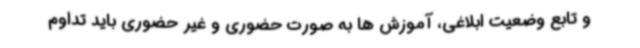
و تابع وضعیت ابلاغی، آموزش ها به صورت حضوری و غیر حضوری باید تداوم